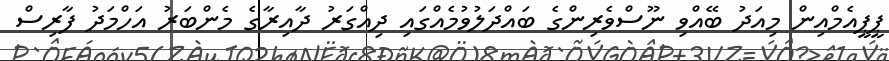
ޕީޕީއެމްއިން މިއަދު ބޭއްވި ނޫސްވެރިންގެ ބައްދަލުވުމެއްގައި ދިއްގަރު ދާއިރާގެ މެންބަރު އަހްމަދު ފާރިސް